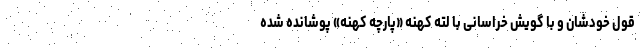
قول خودشان و با گویش خراسانی با لته کهنه «پارچه کهنه» پوشانده شده